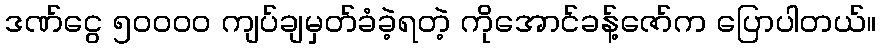
ဒဏ်ငွေ ၅ဝဝဝဝ ကျပ်ချမှတ်ခံခဲ့ရတဲ့ ကိုအောင်ခန့်ဇော်က ပြောပါတယ်။